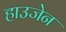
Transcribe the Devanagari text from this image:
हाउजेन